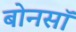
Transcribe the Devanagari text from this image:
बोनसॉ